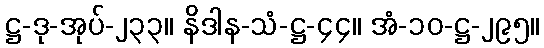
ဋ္ဌ-ဒု-အုပ်-၂၃၃။ နိဒါန-သံ-ဋ္ဌ-၄၄။ အံ-၁၀-ဋ္ဌ-၂၉၅။